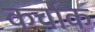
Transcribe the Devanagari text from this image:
कर्चाक